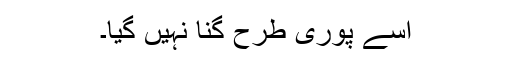
اسے پوری طرح گنا نہیں گیا۔